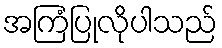
အကြံပြုလိုပါသည်